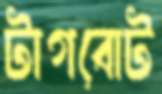
টাগবোট